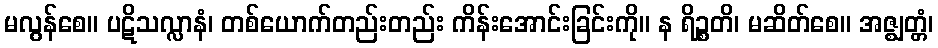
မလွန်စေ။ ပဋိသလ္လာနံ၊ တစ်ယောက်တည်းတည်း ကိန်းအောင်းခြင်းကို။ န ရိဉ္စတိ၊ မဆိတ်စေ။ အဇ္ဈတ္တံ၊